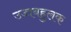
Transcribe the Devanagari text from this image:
उच्चबहुलक